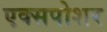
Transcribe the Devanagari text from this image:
एक्सपोशर